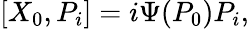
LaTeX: [X_{0},P_{i}]=i\Psi(P_{0})P_{i},